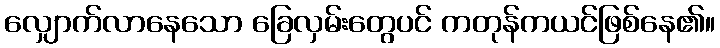
လျှောက်လာနေသော ခြေလှမ်းတွေပင် ကတုန်ကယင်ဖြစ်နေ၏။